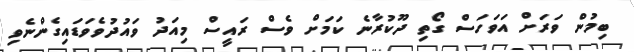
ބިމުން ވަރަށް އަވަހަސް ގޯތި ދޫކުރާނެ ކަމަށް ވެސް ރައީސް މިއަދު ވައުދުވެވަޑައިގެންނެވި